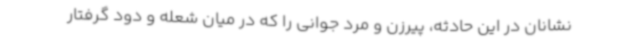
نشانان در این حادثه، پیرزن و مرد جوانی را که در میان شعله و دود گرفتار